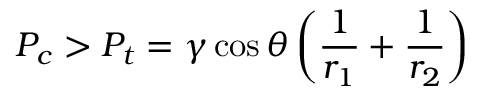
P _ { c } > P _ { t } = \gamma \cos { \theta } \left( \frac { 1 } { r _ { 1 } } + \frac { 1 } { r _ { 2 } } \right)